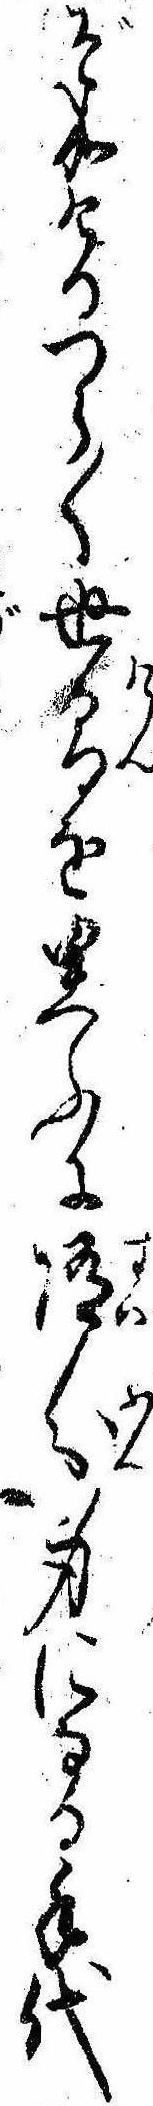
ぞ成けるつら〱世間を思ふに随分身になる手代